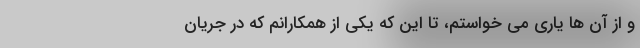
و از آن ها یاری می خواستم، تا این که یکی از همکارانم که در جریان